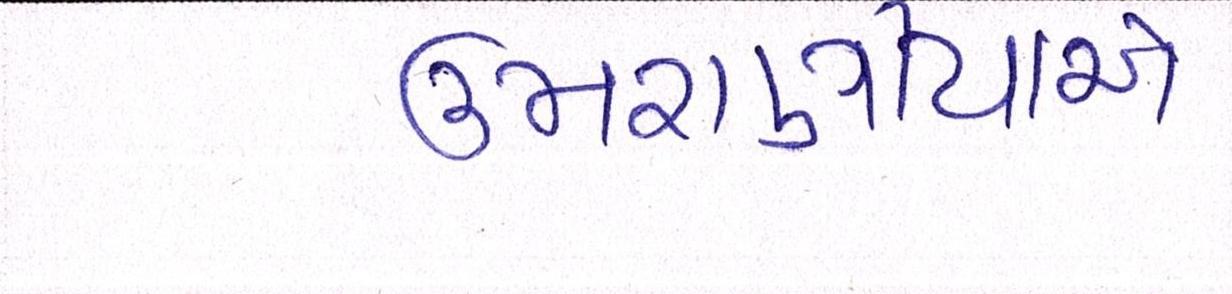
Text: ઉમરાણીયાએ